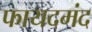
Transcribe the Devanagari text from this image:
फायदमंद